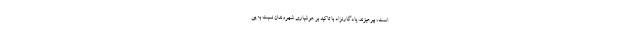
است، بپرهیزند. یادگارنژاد با تاکید بر هوشیاری شهروندان نسبت به پی